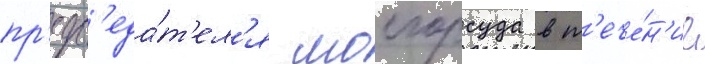
пр'едс'еда́т'ел'я мосгорсуда в т'ече́н'ие